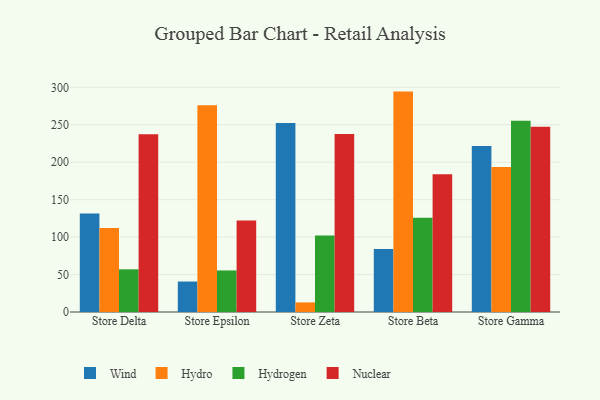
{"axis": {"x": "Store", "y": "Inventory Turnover"}, "legend": ["Hydro", "Hydrogen", "Nuclear", "Wind"], "data": [{"x": "Store Delta", "y": 131.4, "type": "Wind"}, {"x": "Store Delta", "y": 112.3, "type": "Hydro"}, {"x": "Store Delta", "y": 57.0, "type": "Hydrogen"}, {"x": "Store Delta", "y": 237.4, "type": "Nuclear"}, {"x": "Store Epsilon", "y": 40.7, "type": "Wind"}, {"x": "Store Epsilon", "y": 276.0, "type": "Hydro"}, {"x": "Store Epsilon", "y": 55.5, "type": "Hydrogen"}, {"x": "Store Epsilon", "y": 122.1, "type": "Nuclear"}, {"x": "Store Zeta", "y": 252.4, "type": "Wind"}, {"x": "Store Zeta", "y": 12.8, "type": "Hydro"}, {"x": "Store Zeta", "y": 102.1, "type": "Hydrogen"}, {"x": "Store Zeta", "y": 237.7, "type": "Nuclear"}, {"x": "Store Beta", "y": 84.0, "type": "Wind"}, {"x": "Store Beta", "y": 294.3, "type": "Hydro"}, {"x": "Store Beta", "y": 125.8, "type": "Hydrogen"}, {"x": "Store Beta", "y": 183.8, "type": "Nuclear"}, {"x": "Store Gamma", "y": 221.7, "type": "Wind"}, {"x": "Store Gamma", "y": 193.6, "type": "Hydro"}, {"x": "Store Gamma", "y": 255.3, "type": "Hydrogen"}, {"x": "Store Gamma", "y": 247.2, "type": "Nuclear"}]}